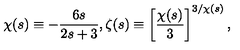
{ \chi } ( s ) \equiv - \frac { 6 s } { 2 s + 3 } , { \zeta } ( s ) \equiv \left[ \frac { { \chi } ( s ) } { 3 } \right] ^ { 3 / { \chi } ( s ) } ,